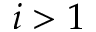
i > 1